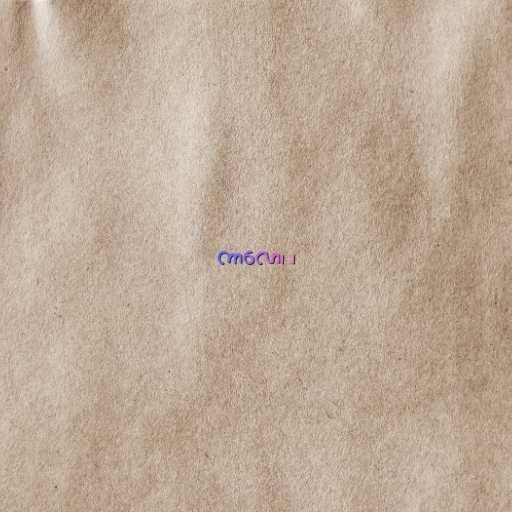
ကာလော၊ ၊